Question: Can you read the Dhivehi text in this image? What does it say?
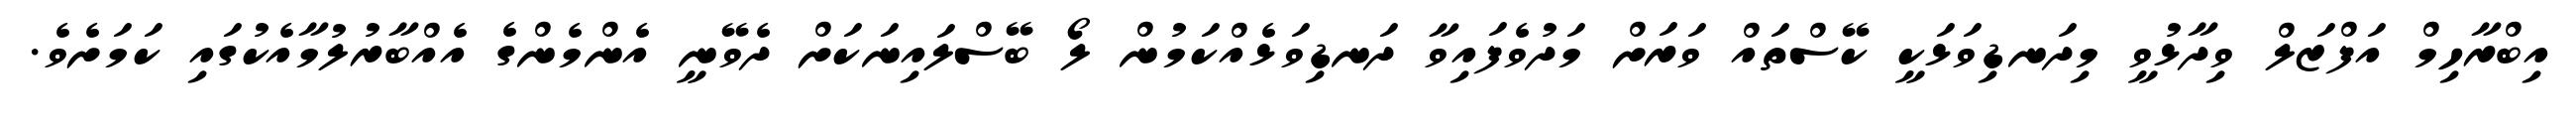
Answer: އިބްރާހިމް އަފްޒަލް ވިދާޅުވީ މިދަނޑިވަޅަކީ ކޭސްތައް ވަރަށް މަދުވެފައިވާ ދަނޑިވަޅެއްކަމުން ލޯ ބޭސްލައިނަކަށް ދެވޭނީ އެންމެންގެ އެއްބާރުލުމާއެކުގައި ކަމަށެވެ.